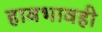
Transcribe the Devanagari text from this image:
हावभावही